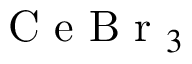
\mathrm { ~ C ~ e ~ B ~ r ~ } _ { 3 }